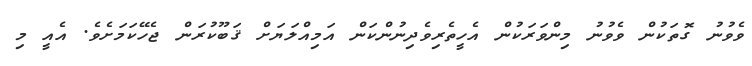
ވެވުނު ގޮތަކުން ވެވުނު މިންވަރަކުން އެހީތެރިވެދިނުންކަން އަމިއްލަޔަށް ޤަބޫކުރަން ޖެހޭކަމަށެވެ. އެއީ މި